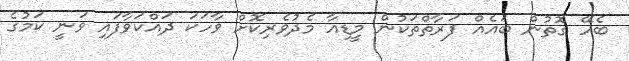
ބެހޭ ގޮތުން ބައެއް ފަރާތްތަކުން މީޑިއާ މެދުވެރިކޮށް ވާހަކަ ދައްކަވާފައި ވަނީ ކަމުގެ